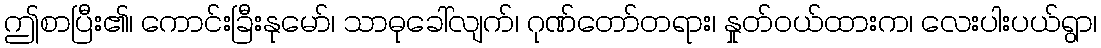
ဤစာပြီး၏၊ ကောင်းခြီးနုမော်၊ သာဓုခေါ်လျက်၊ ဂုဏ်တော်တရား၊ နှုတ်ဝယ်ထားက၊ လေးပါးပယ်ရွာ၊